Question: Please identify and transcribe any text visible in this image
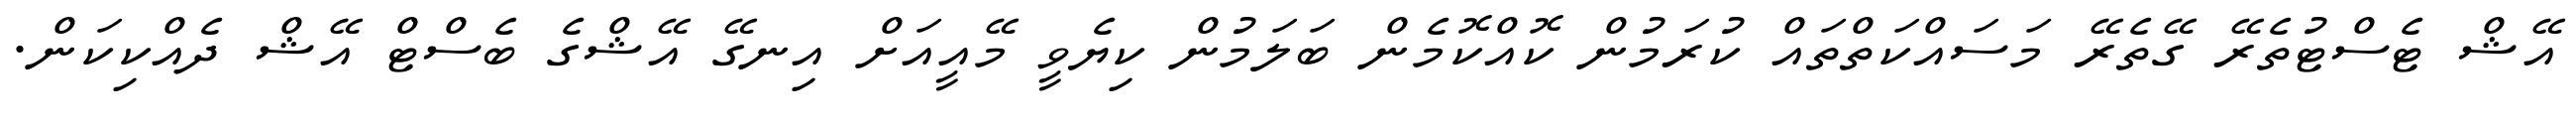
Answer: އޭޝް ޓެސްޓުތެރޭ ގޭތެރޭ މަސައްކަތްތައް ކުރަމުން ކޮއްކޮމެން ބަލަމުން ކިޔެވީ މޭއީއަށް އިނގޭ އޭޝްގެ ބެސްޓް އޭޝް ދެއްކިކަން.